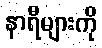
နာရီများကို